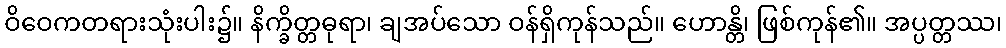
ဝိဝေကတရားသုံးပါး၌။ နိက္ခိတ္တဓုရာ၊ ချအပ်သော ဝန်ရှိကုန်သည်။ ဟောန္တိ၊ ဖြစ်ကုန်၏။ အပ္ပတ္တဿ၊